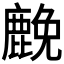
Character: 𮭵